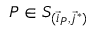
P \in S _ { ( \vec { i } _ { P } , \vec { j } ^ { * } ) }